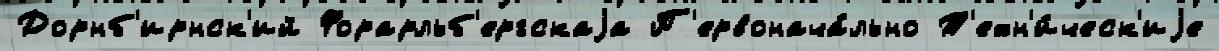
Дорнб'ирнск'ий Форарльб'ергскаjа П'ервонача́льно Т'ехн'и́ческ'иjе